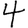
Digit: 4